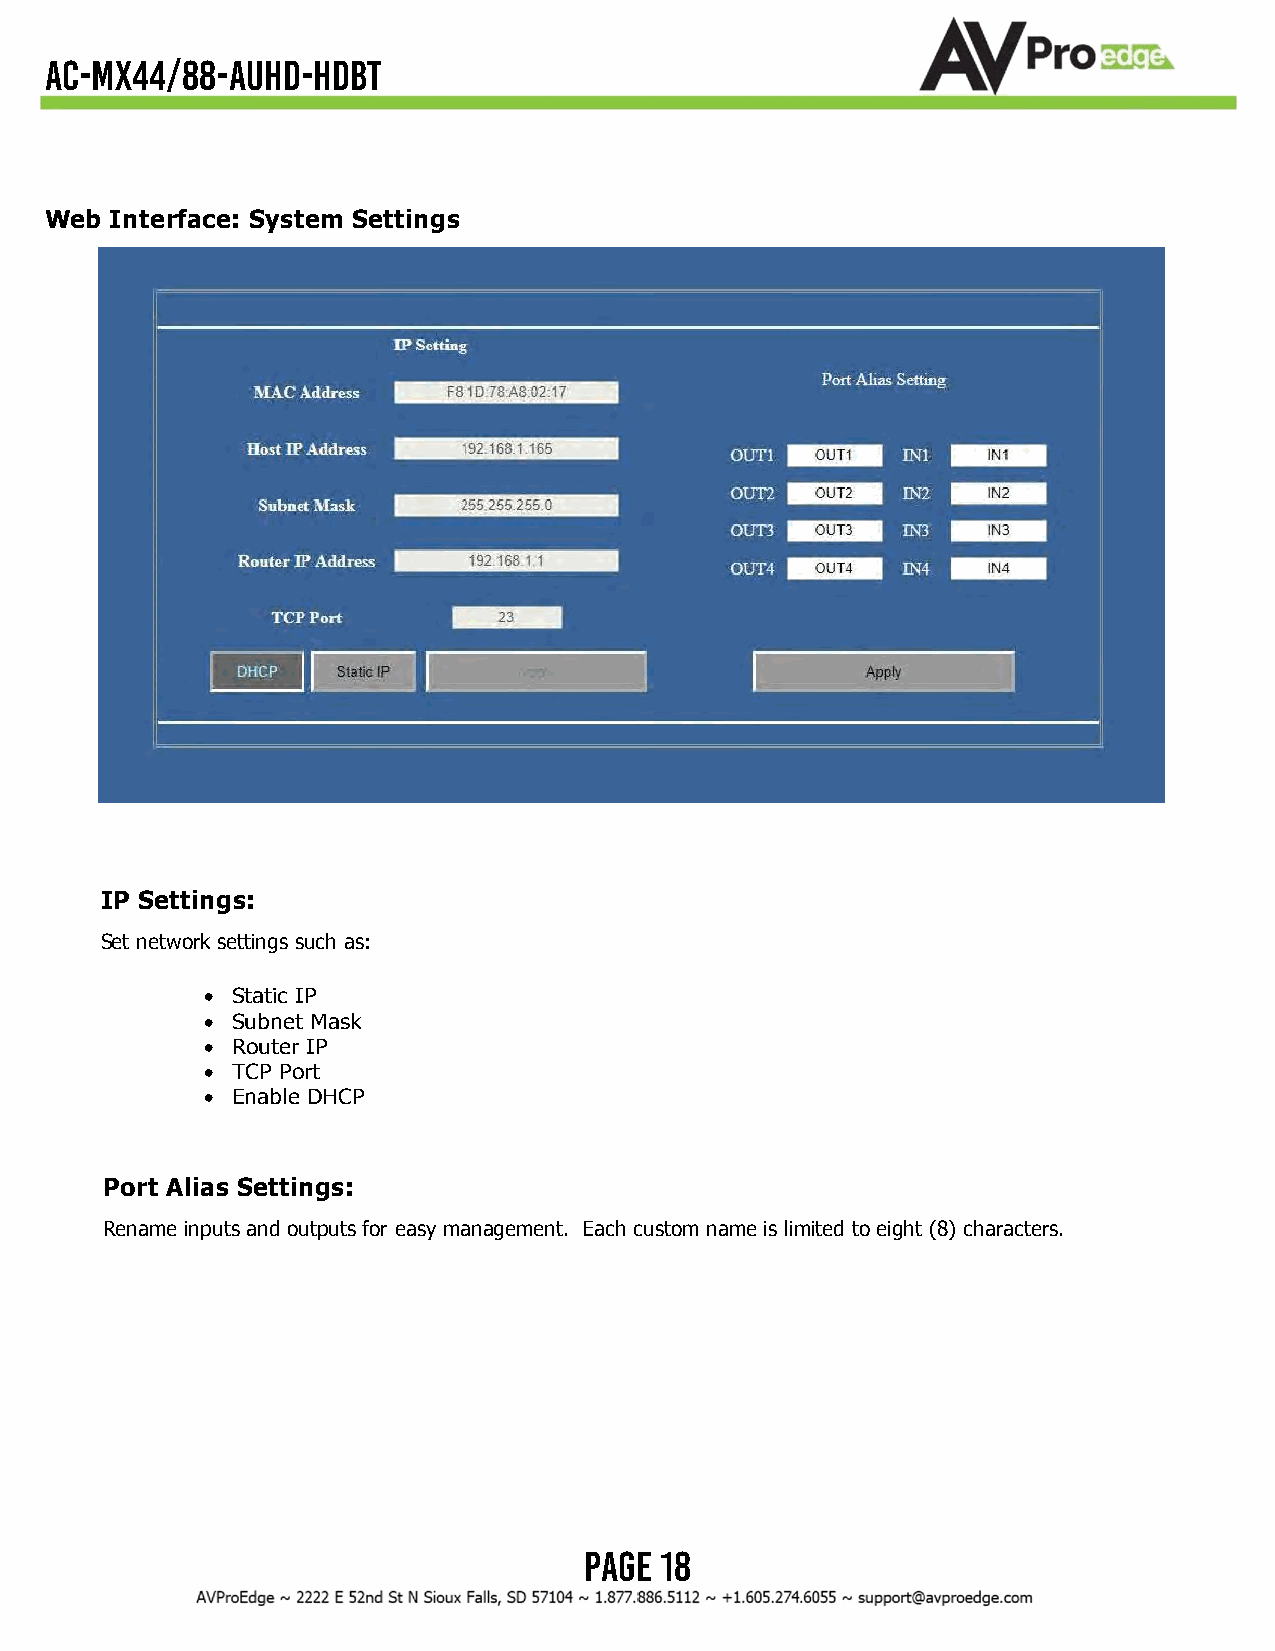
AC-MX44/88-AUHD-HDBT
 Web Interface: System Settings
 IP Settings:
 Set network settings such as:
 • Static IP
 • Subnet Mask
 • Router IP
 • TCP Port
 • Enable DHCP
 Port Alias Settings:
 Rename inputs and outputs for easy management. Each custom name is limited to eight (8) characters.
 Page 18